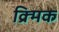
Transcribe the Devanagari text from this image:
क्र्मिक